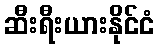
ဆီးရီးယားနိုင်ငံ